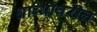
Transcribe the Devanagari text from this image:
धाब्यांवरील